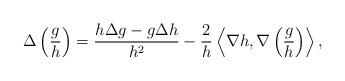
LaTeX: \begin{align*}\Delta \left( \frac{g}{h} \right) = \frac{h\Delta g - g \Delta h}{h^2} - \frac{2}{h}\left \langle \nabla h, \nabla \left(\frac{g}{h}\right)\right\rangle,\end{align*}